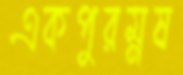
একপুরম্নষ